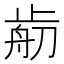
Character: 𣦃